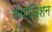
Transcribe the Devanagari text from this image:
कंपोज़िशन